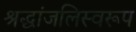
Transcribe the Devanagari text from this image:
श्रद्धांजलिस्वरूप